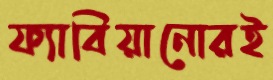
ফ্যাবিয়ানোরই